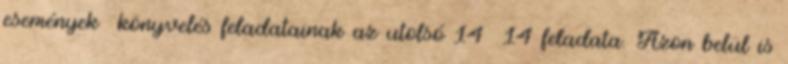
események könyvelés feladatainak az utolsó 14 14 feladata. Azon belül is